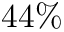
4 4 \%